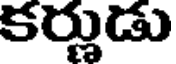
కర్లుడు